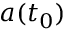
a ( t _ { 0 } )